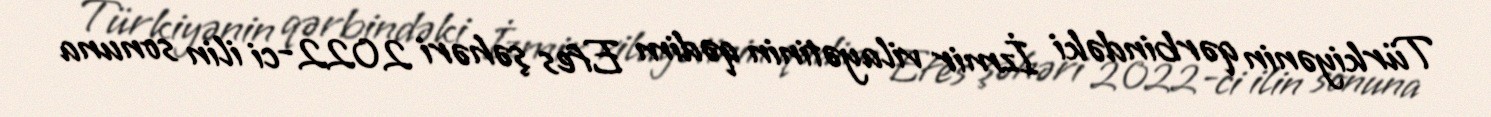
Türkiyənin qərbindəki İzmir vilayətinin qədim Efes şəhəri 2022-ci ilin sonuna